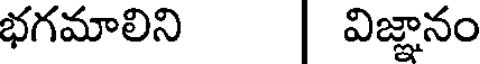
భగమాలిని విజ్ఞానం